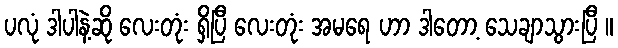
ပလုံ ဒါပါနဲ့ဆို လေးတုံး ရှိပြီ လေးတုံး အမရေ ဟာ ဒါတော့ သေချာသွားပြီ ။